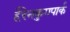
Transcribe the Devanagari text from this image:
हैरेनक्रुगपार्क